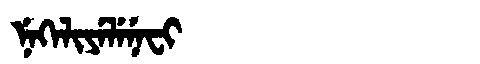
Manchu: ᠨᡝᡴᡝᠯᡳᠶᡝᠯᡝᠨᡝᠸᡳ
Romanization: NEKELIYELENEFI